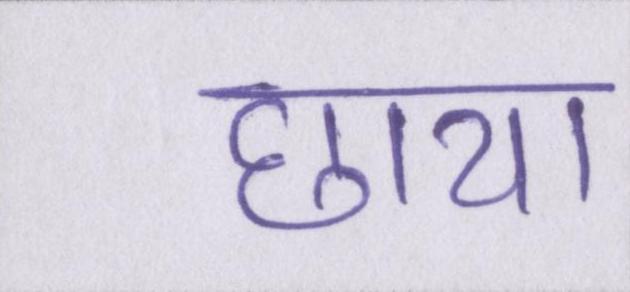
छाया